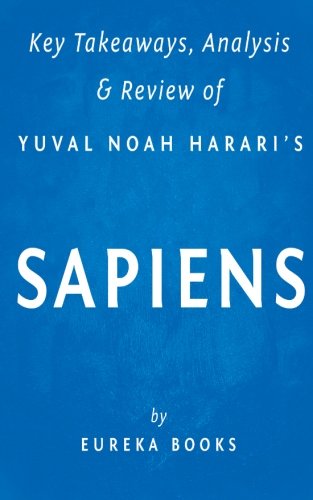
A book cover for Key Takeaways, Analysis & Review of Yuval Noah Harari's Sapiens: A Brief History of Humankind; Eureka Books; Health, Fitness & Dieting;